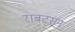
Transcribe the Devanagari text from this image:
राबर्ट्सन